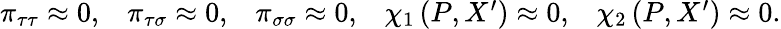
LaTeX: \begin{array}{ccccc}{{\pi_{\tau\tau}\approx 0,}}&{{\pi_{\tau\sigma}\approx 0,}}&{{\pi_{\sigma\sigma}\approx 0,}}&{{\chi_{1}\left(P,X^{\prime}\right)\approx 0,}}&{{\chi_{2}\left(P,X^{\prime}\right)\approx 0.}}\end{array}